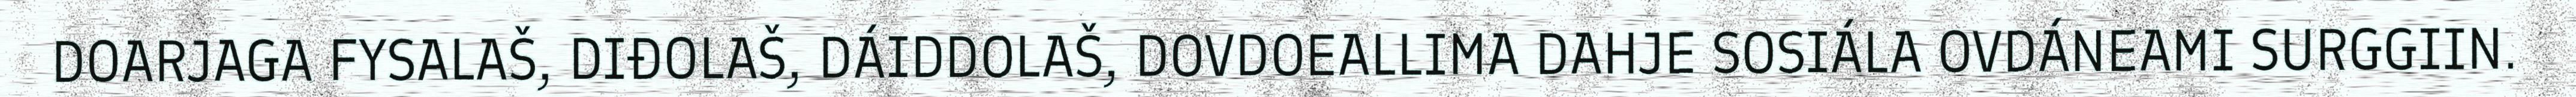
DOARJAGA FYSALAŠ, DIĐOLAŠ, DÁIDDOLAŠ, DOVDOEALLIMA DAHJE SOSIÁLA OVDÁNEAMI SURGGIIN.